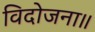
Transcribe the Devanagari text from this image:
विदोजना॥